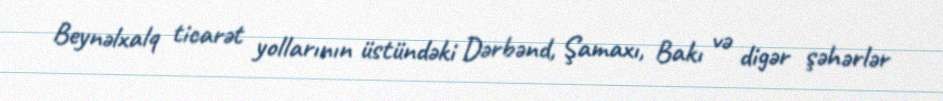
Beynəlxalq ticarət yollarının üstündəki Dərbənd, Şamaxı, Bakı və digər şəhərlər